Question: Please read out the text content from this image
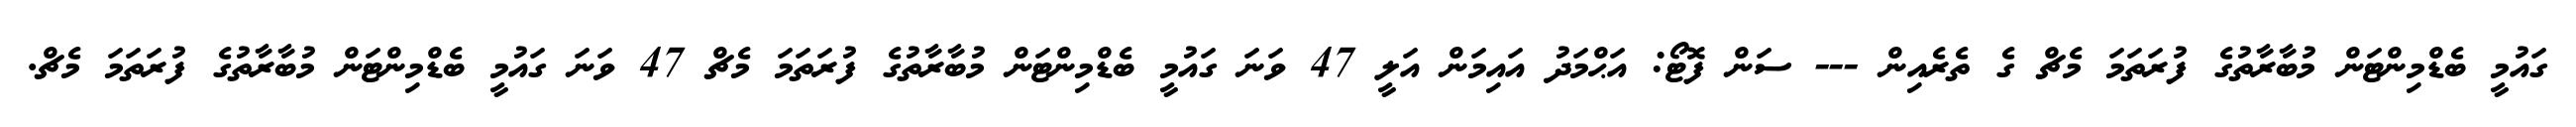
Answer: ގައުމީ ބެޑްމިންޓަން މުބާރާތުގެ ފުރަތަމަ މެޗް ގެ ތެރެއިން --- ސަން ފޮޓޯ: އަޙްމަދު އައިމަން އަލީ 47 ވަނަ ގައުމީ ބެޑްމިންޓަން މުބާރާތުގެ ފުރަތަމަ މެޗް 47 ވަނަ ގައުމީ ބެޑްމިންޓަން މުބާރާތުގެ ފުރަތަމަ މެޗް.